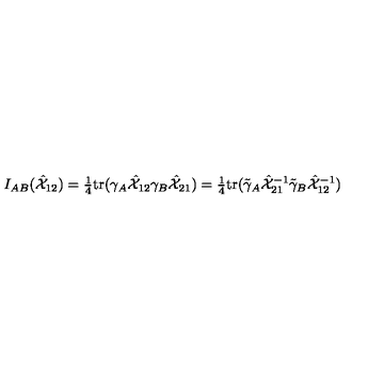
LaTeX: I _ { A B } ( \hat { { \cal X } } _ { 1 2 } ) = \textstyle { \frac { 1 } { 4 } } \mathrm { t r } ( \gamma _ { A } \hat { { \cal X } } _ { 1 2 } \gamma _ { B } \hat { { \cal X } } _ { 2 1 } ) = \textstyle { \frac { 1 } { 4 } } \mathrm { t r } ( \tilde { \gamma } _ { A } \hat { { \cal X } } _ { 2 1 } ^ { - 1 } \tilde { \gamma } _ { B } \hat { { \cal X } } _ { 1 2 } ^ { - 1 } )